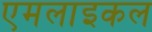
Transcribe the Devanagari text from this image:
एमलाइकल